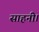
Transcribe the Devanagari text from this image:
साहनी।